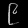
Digit: ၉